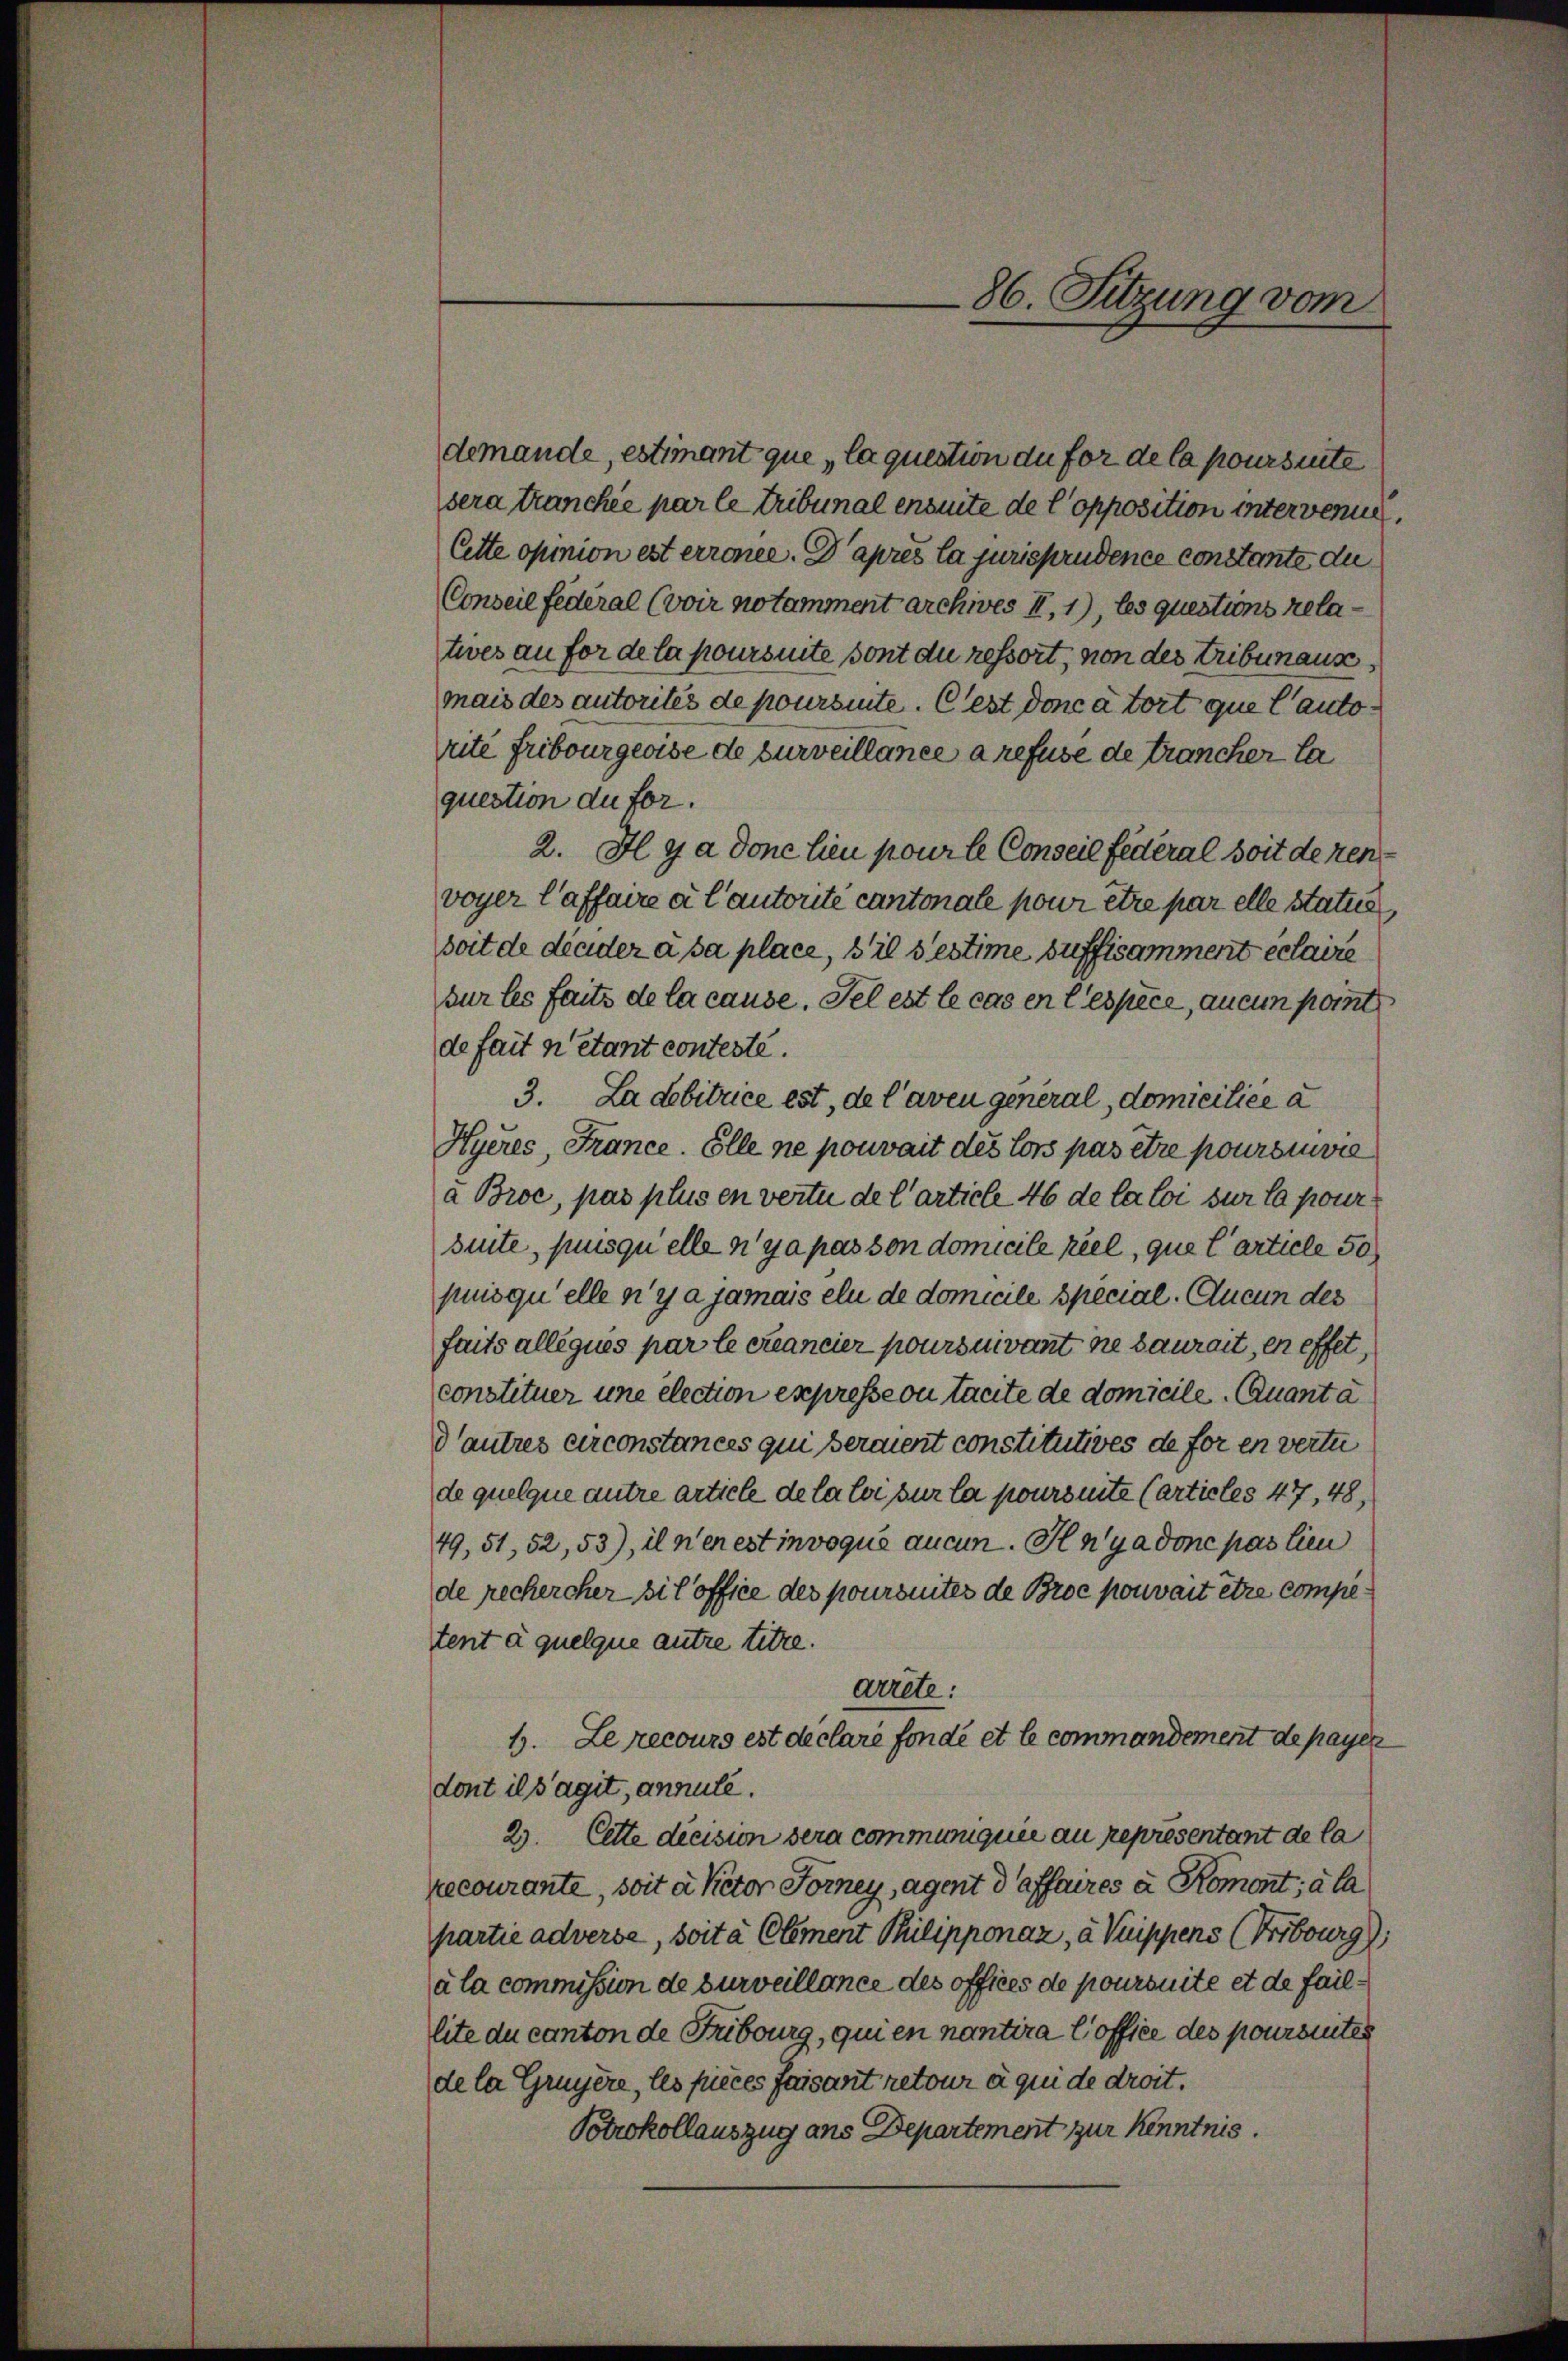
86. Sitzung vom

demande, estimant que la question du for de la poursinte
sera tranchée par le tribunal ensuite de l’opposition untervenue,
Cette opinion est errence. Daprès la jurisprudence constante du
Conseil federal (voir notamment archives II, 1), les questions rela
twves au for de la poursuite sont du ressort, von des Tribunause,
mais des autorités de poursinte. Cest doncatort que Cantorite Fribourgeoise de surveillance a refuse de trancher la
question du for
2. Il y a done lieu pour le Conseil fédéral soit deren
voyer l’affaire à l’autorité cantonale pour être par elle Statue
soit de dieder à sa place, s’il s’estime suffisamment erlaire
sur les faits de la cause. Sel est le cas en lespèce, aucun port
de fait n’étant conteste.
3. La debitrice est, de l’aven general, domicilice a
Hyeres, France. Elle ne pouvait des lors pas être poursuivie
a Broc, pas plus en vertu de l’article 46 de la loi sur la poursuite, puisquelle n’y a pas son domicile réel, que l’article 50
puis qu’elle n’y a jamais eln de domicile special. Aucun des
faits alleques par le créancier poursuivant ne saurait, en effet,
constituer une election expresse ou tacite de domicile. Quanta
dautres circonstances qui seraient constitutives de foren vertu
de quelque autre artiele de la loi sur la poursuite (articles 47, 48,
49, 51, 52, 53), il n’en est invoque aucun. Henyadone pas lieu
de rechercher si l’office des poursuites de Broc pouvait être competent à quelque autre titre.
arrete:
1. Le recours est declaré fonde et le commandement de payer
dont il s’agit, annule.
2. Cette dicision sera communiquée au representant de la
recourante, soit à kctor Forney, agent d affaires à Romont, à la
partie adverse, soit à Clement Thilipponaz, à Vuippens (Fribourg),
a la commission de surveillance des offices de poursuite et de faillite du canton de Fribourg, quien nantira l’office des poursuites
de la Gruyère, les pieces faisant retour à qui de droit.
Potrokollauszug ans Departement zur Kenntnis.